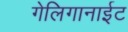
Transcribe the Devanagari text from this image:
गेलिगानाईट